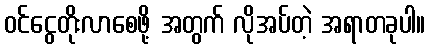
ဝင်ငွေတိုးလာစေဖို့ အတွက် လိုအပ်တဲ့ အရာတခုပါ။